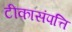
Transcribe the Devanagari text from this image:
टीकासंपत्ति